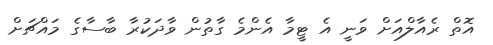
އޮތް ރެއާލްއަށް ވަނީ އެ ޓީމާ އެންމެ ގާތުން ވާދަކުރާ ބާސާގެ މައްޗަށް